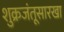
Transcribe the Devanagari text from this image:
शुक्रजंतूसारखा